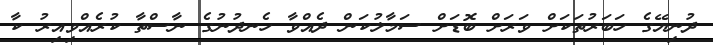
ދުނިޔޭގެ ހަބަރުތަކަށް ވަރަށް ބޮޑަށް ސަމާލުކަން ދެއްވާ ހެނދުނުގެ ނާސްތާ ކުރެއްވިއިރު ކާ